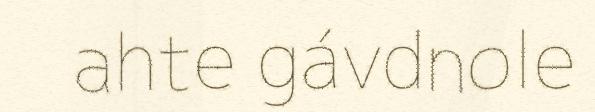
ahte gávdnole